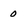
Character: 0